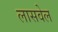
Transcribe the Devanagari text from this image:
लासवेल